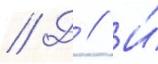
// Д // И́